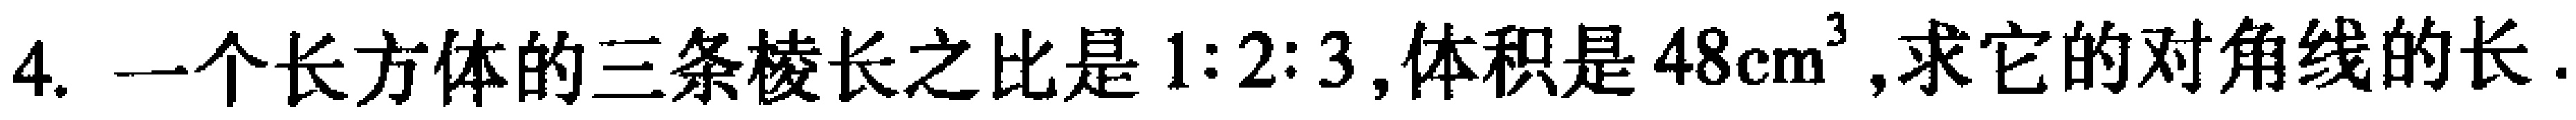
4. 一个长方体的三条棱长之比是\(1:2:3\),体积是\(48\mathrm{cm}^{3}\),求它的对角线的长.